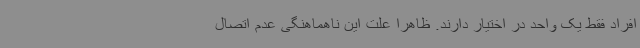
افراد فقط یک واحد در اختیار دارند. ظاهرا علت این ناهماهنگی عدم اتصال